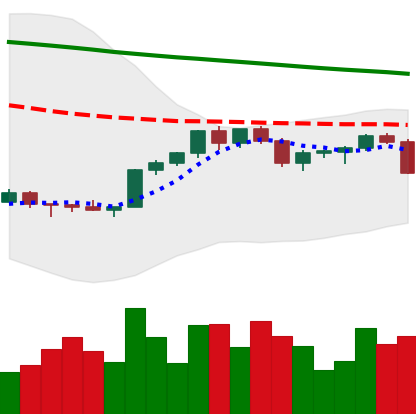
Ticker: XMR-USD
Chart end date: 2022-02-17
Forward return: -7.638%
Label: down_7plus